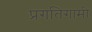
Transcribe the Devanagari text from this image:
प्रगतिगामी